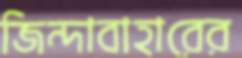
জিন্দাবাহারের